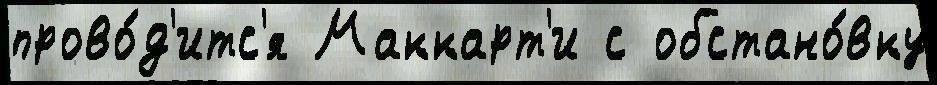
прово́д'итс'я Маккарт'и с обстано́вку